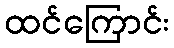
ထင်ကြောင်း